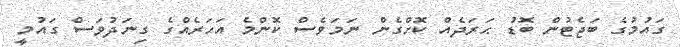
ގައުމުގެ ބަޖެޓުން ބޮޑު ޙަރަދެއް ކޮށްގެން ނަމަވެސް ކޮންމެ އަހަރެއްގެ ގިނަދުވަސް ގައުމީ